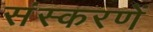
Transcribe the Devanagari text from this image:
संस्करणें